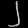
Digit: ၂